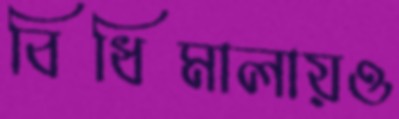
বিধিমালায়ও